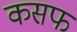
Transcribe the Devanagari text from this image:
कसफ